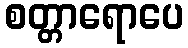
စတ္တာရောပေ